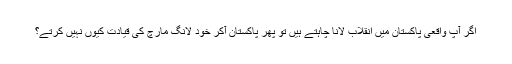
اگر آپ واقعی پاکستان میں انقلاب لانا چاہتے ہیں تو پھر پاکستان آکر خود لانگ مارچ کی قیادت کیوں نہیں کرتے؟